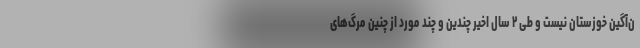
ن‌آگین خوزستان نیست و طی ۲ سال اخیر چندین و چند مورد از چنین مرگ‌های